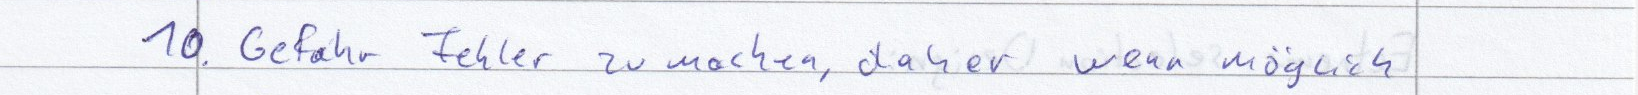
10. Gefahr Fehler zu machen, daher wenn möglich